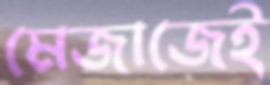
মেজাজেই